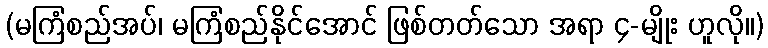
(မကြံစည်အပ်၊ မကြံစည်နိုင်အောင် ဖြစ်တတ်သော အရာ ၄-မျိုး ဟူလို။)